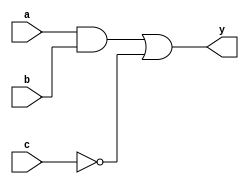
module simple_continuous_assignment (
    input wire a,          // Input signal a
    input wire b,          // Input signal b
    input wire c,          // Input signal c
    output wire y          // Output signal y
);

// Continuous assignment for combinational logic
assign y = (a & b) | (~c); // y is true if a AND b is true OR c is false

endmodule